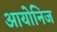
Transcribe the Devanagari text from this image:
आयोनिज